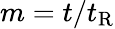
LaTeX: m=t/t_{\mathrm{R}}